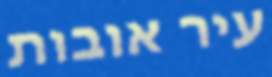
עיר אובות